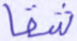
شقا